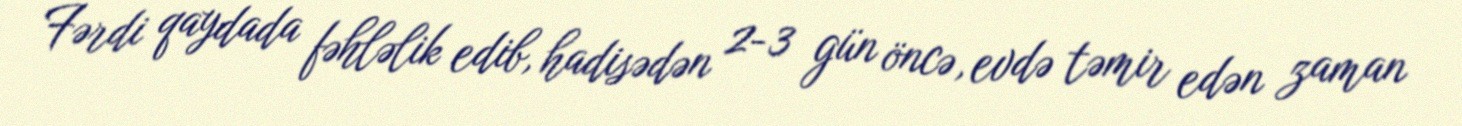
Fərdi qaydada fəhləlik edib, hadisədən 2-3 gün öncə, evdə təmir edən zaman